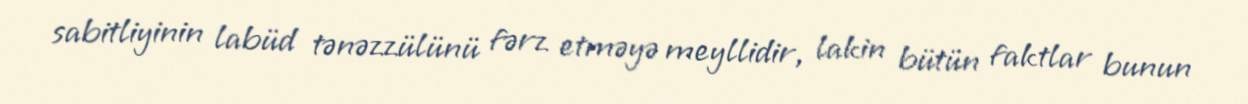
sabitliyinin labüd tənəzzülünü fərz etməyə meyllidir, lakin bütün faktlar bunun